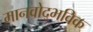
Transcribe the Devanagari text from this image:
मानवोद्भविक